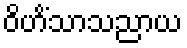
ဝိဟိံသာသညာယ